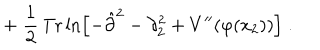
+ \; \frac { 1 } { 2 } \, \mathrm { T r } \ln \left[ - \hat { \partial } ^ { 2 } - \partial _ { 2 } ^ { 2 } + V ^ { \prime \prime } ( \varphi ( x _ { 2 } ) ) \right] \; .